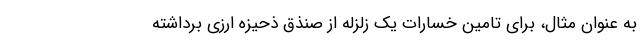
به عنوان مثال، برای تامین خسارات یک زلزله از صنذق ذحیزه ارزی برداشته